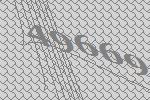
49669